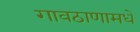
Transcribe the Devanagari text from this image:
गावठाणामधे